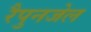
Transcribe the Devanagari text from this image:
रैपुनजेल